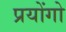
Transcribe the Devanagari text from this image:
प्रयोंगो